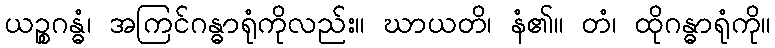
ယဉ္စဂန္ဓံ၊ အကြင်ဂန္ဓာရုံကိုလည်း။ ဃာယတိ၊ နံ၏။ တံ၊ ထိုဂန္ဓာရုံကို။